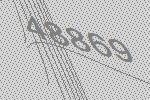
48869